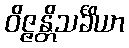
ဝိဇ္ဇန္တိသင်္ခိယာ